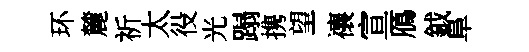
环麓祈太役光蹋携望禳宣鴈鉞阜